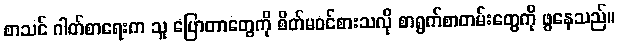
စာသင် ဂါတ်စာရေးက သူ ပြောတာတွေကို စိတ်မဝင်စားသလို စာရွက်စာတမ်းတွေကို ဖွနေသည်။